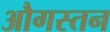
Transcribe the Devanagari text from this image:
औगस्तन